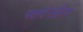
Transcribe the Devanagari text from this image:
पक्षदेखील